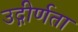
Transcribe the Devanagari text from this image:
उद्गीर्णता